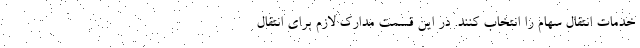
خدمات انتقال سهام را انتخاب کنند. در این قسمت مدارک لازم برای انتقال